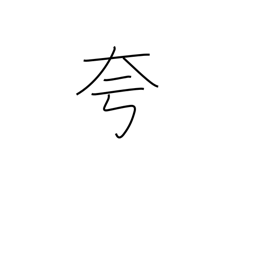
Meaning: boast